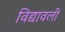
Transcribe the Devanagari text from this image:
विद्यावली